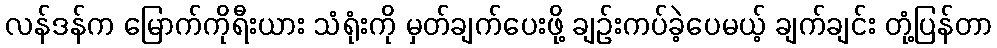
လန်ဒန်က မြောက်ကိုရီးယား သံရုံးကို မှတ်ချက်ပေးဖို့ ချဉ်းကပ်ခဲ့ပေမယ့် ချက်ချင်း တုံ့ပြန်တာ